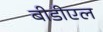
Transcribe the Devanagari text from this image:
बीडीएल